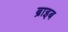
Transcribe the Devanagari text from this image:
ब्राइब